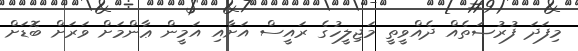
މިފަދަ ފުރުޞަތެއް ދެއްވީތީ މަޖިލީހުގެ ރައީސް އަށާއި އަމީން ޢާންމަށް ވަރަށް ބޮޑަށް